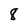
Character: 8